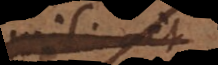
simili et